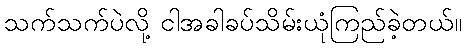
သက်သက်ပဲလို့ ငါအခါခပ်သိမ်းယုံကြည်ခဲ့တယ်။